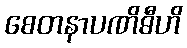
စေတနာပဏိဓီဟိ